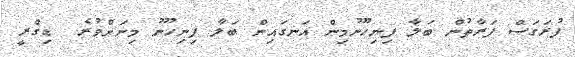
ފުރަގަސް ފަރާތުން ބަލާ ފިނިހޫނުމިން އަނގައިން ބަލާ ފިނިހޫނު މިނަށްވުރެ  ޑިގްރީ